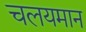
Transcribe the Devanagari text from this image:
चलयमान